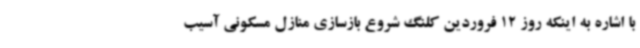
با اشاره به اینکه روز 12 فروردین کلنگ شروع بازسازی منازل مسکونی آسیب